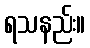
ရသနည်း။